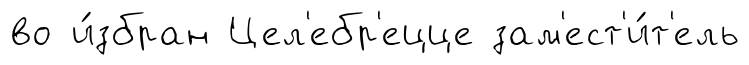
во и́збран Цел'ебр'ецце зам'ест'и́т'ель